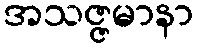
အသဇ္ဇမာနာ